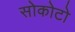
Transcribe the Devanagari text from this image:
सोकोटो